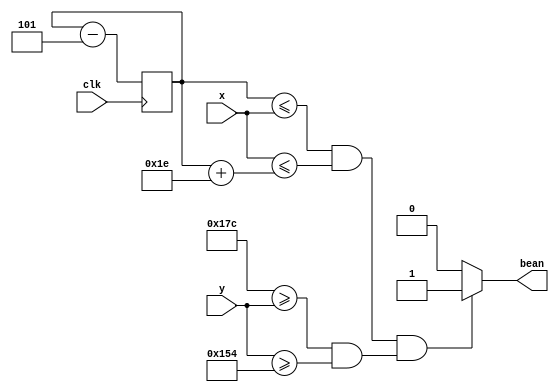
`timescale 1ns / 1ps
//////////////////////////////////////////////////////////////////////////////////
// Company: 
// Engineer: 
// 
// Design Name: 
// Module Name: draw_bean
// Project Name: 
// Target Devices: 
// Tool Versions: 
// Description: 
// 
// Dependencies: 
// 
// Revision:
// Revision 0.01 - File Created
// Additional Comments:
// 
//////////////////////////////////////////////////////////////////////////////////


module draw_bean(
    input [9:0] x,
    input [9:0] y,
    input clk,
    output bean
    );
    
    reg [8:0] isBean;
    reg [8:0] beans [9:0];
    reg [8:0] b;
    reg [8:0] height = 40;
    reg [8:0] width = 30;
    reg [8:0] pos_shift = 5;
    
    initial begin beans[0] = 400; end
    
    always @(posedge clk)
    begin
        beans[0] = beans[0] - pos_shift;
    end
    
    always @(*)
    begin        
        b = beans[0];
        if ((b <= x && x <= b + width) && (380 >= y && y >= 380 - height)) isBean = 1;
        else isBean = 0;
    end
    
    assign bean = isBean;
    
endmodule